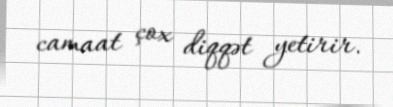
camaat çox diqqət yetirir.